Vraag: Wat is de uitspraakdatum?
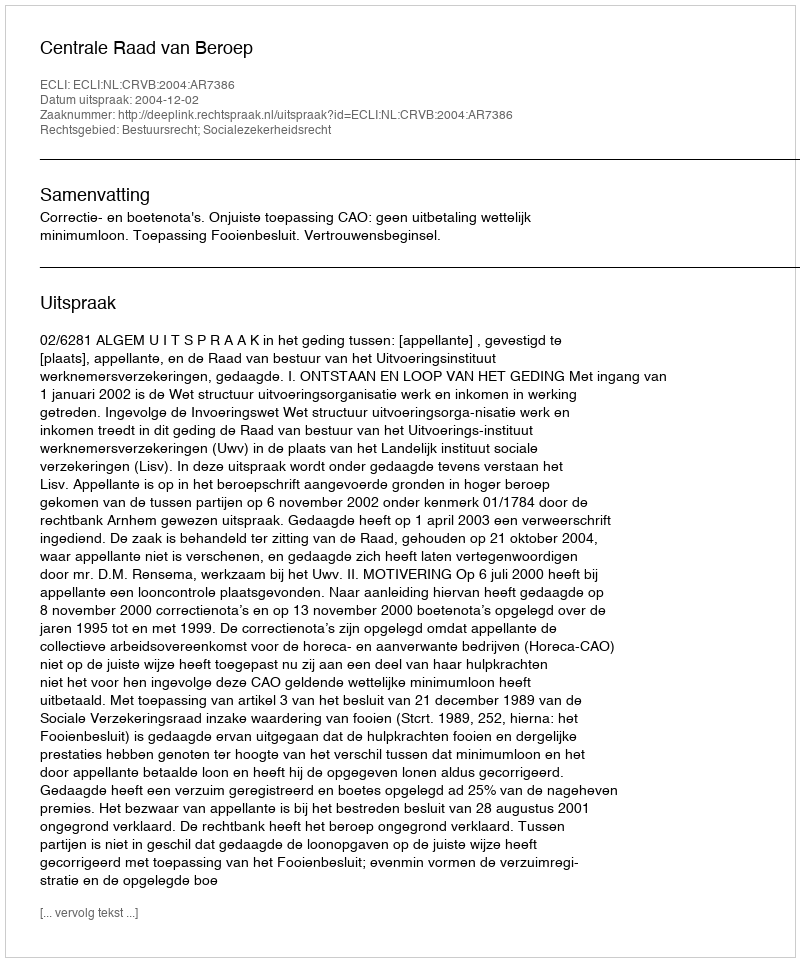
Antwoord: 2004-12-02